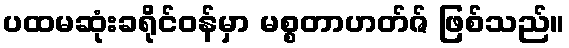
ပထမဆုံးခရိုင်ဝန်မှာ မစ္စတာဟတ်ဇ် ဖြစ်သည်။